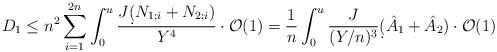
LaTeX: \begin{align*} D_1 \leq n^2 \sum_{i=1}^{2n} \int_0^u \frac{J \d ( N_{1;i} + N_{2;i} )}{Y^4} \cdot \mathcal{O}(1) = \frac{1}{n} \int_0^u \frac{J}{(Y/n)^3} \d (\hat A_1 + \hat A_2) \cdot \mathcal{O}(1) \end{align*}